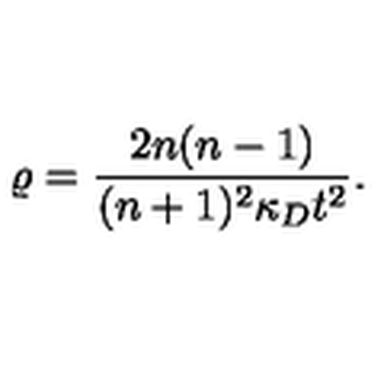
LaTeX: \varrho = \frac { 2 n ( n - 1 ) } { ( n + 1 ) ^ { 2 } \kappa _ { D } t ^ { 2 } } .